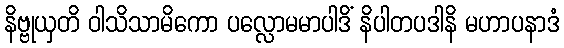
နိဗ္ဗုယှတိ ဝါသိသာမိကော ပလ္လောမမာပါဒိံ နိပါတပဒါနိ မဟာပနာဒံ